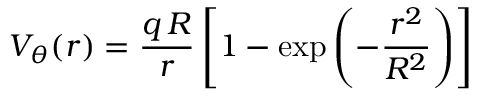
V _ { \theta } ( r ) = \frac { q \, R } { r } \left[ 1 - \mathrm { e x p } \left( - \frac { r ^ { 2 } } { R ^ { 2 } } \right) \right]